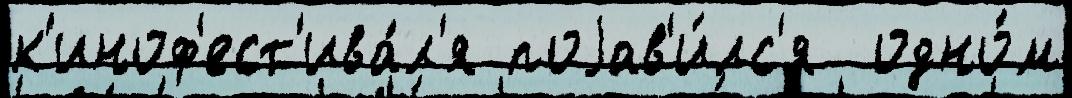
к'иноф'ест'ива́л'я поjав'и́лс'я  одно́м